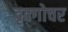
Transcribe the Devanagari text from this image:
दृक्गोचर